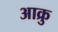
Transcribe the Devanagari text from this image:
आक्रु